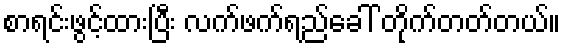
စာရင်းဖွင့်ထားပြီး လက်ဖက်ရည်ခေါ် တိုက်တတ်တယ်။